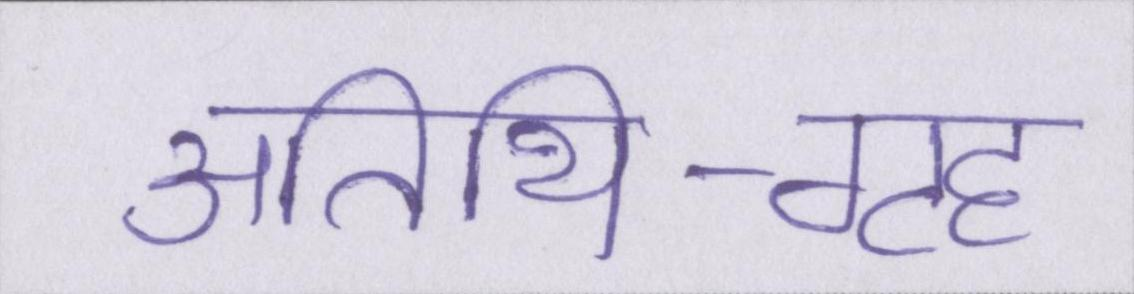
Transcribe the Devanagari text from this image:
अतिथि-गृह